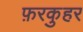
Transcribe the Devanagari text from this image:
फ़रकुहर